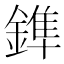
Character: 鎨